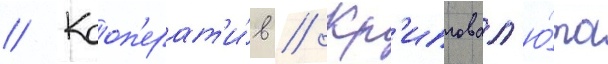
// Кооп'ерат'и́в // Кр'иптовал'ю́та